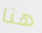
هنا